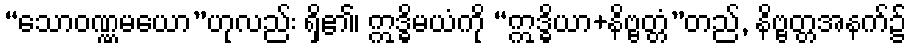
“သောဝဏ္ဏမယော”ဟုလည်း ရှိ၏၊ ဣဒ္ဓိမယံကို “ဣဒ္ဓိယာ+နိဗ္ဗတ္တံ”တည်, နိဗ္ဗတ္တအနက်၌